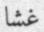
غشا